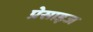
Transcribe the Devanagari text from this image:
प्रेसाइज